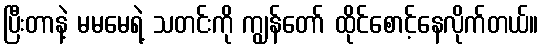
ပြီးတာနဲ့ မမမေရဲ့ သတင်းကို ကျွန်တော် ထိုင်စောင့်နေလိုက်တယ်။